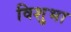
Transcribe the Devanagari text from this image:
विशुभा